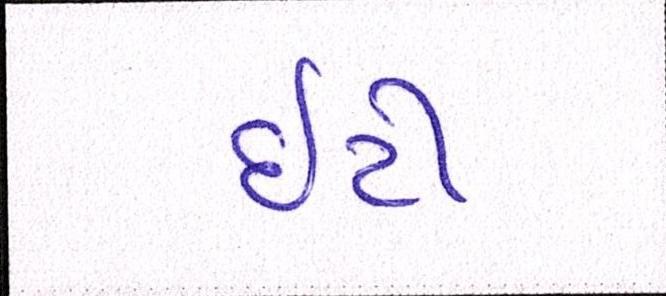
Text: ઇટી